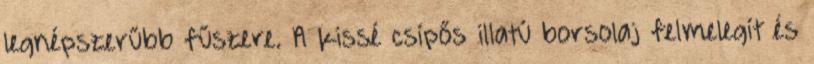
legnépszerűbb fűszere. A kissé csípős illatú borsolaj felmelegít és